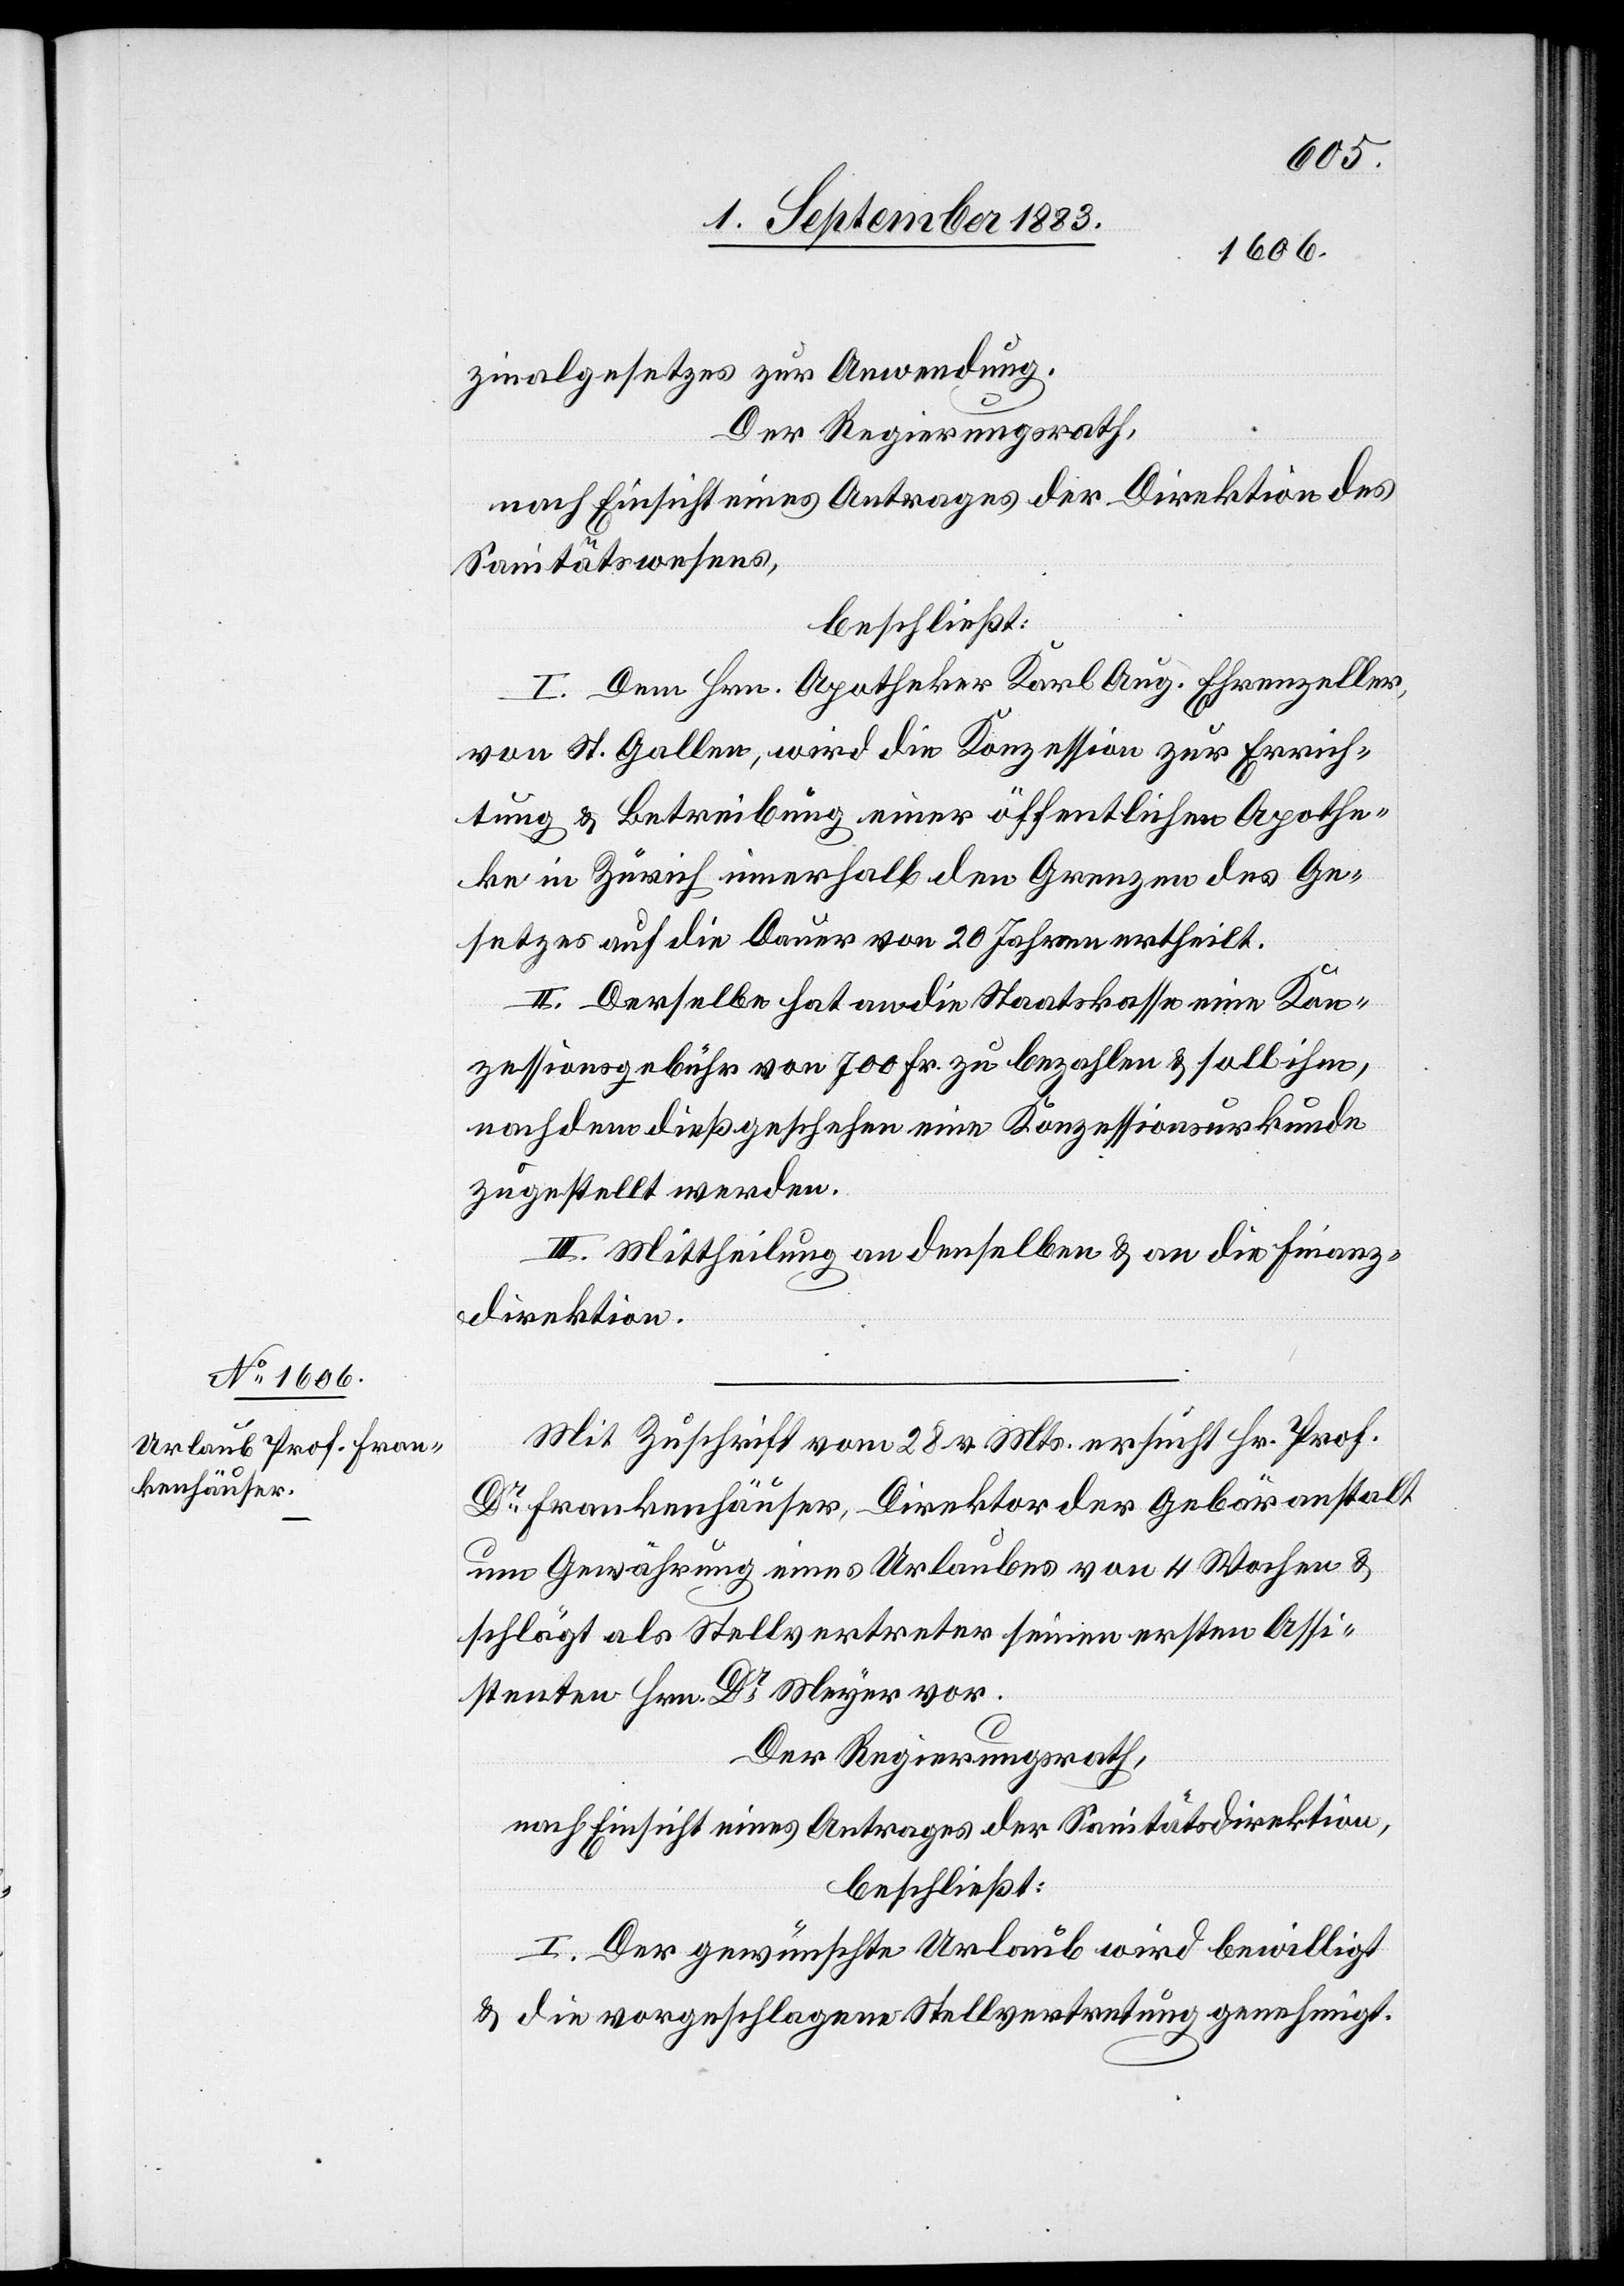
zinalgesetzes zur Anwendung.
Der Regierungsrath,
nach Einsicht eines Antrages der Direktion des
Sanitätswesens,
beschließt:
I. Dem Hrn. Apotheker Karl Aug. Ehrenzeller,
von St. Gallen, wird die Konzession zur Errich¬
tung & Betreibung einer öffentlichen Apothe¬
ke in Zürich innerhalb den Grenzen des Ge¬
setzes auf die Dauer von 20 Jahren ertheilt.
II. Derselbe hat an die Staatskasse eine Kon¬
zessionsgebühr von 700 Fr. zu bezahlen & soll ihm,
nachdem dieß geschehen eine Konzessionsurkunde
zugestellt werden.
III. Mittheilung an denselben & an die Finanz¬
direktion.
Mit Zuschrift vom 28. v. Mts. ersucht Hr. Prof.
Dr Frankenhäuser, Direktor der Gebäranstalt
um Gewährung eines Urlaubes von 4 Wochen &
schlägt als Stellvertreter seinen ersten Assi¬
stenten Hrn. Dr Meyer vor.
Der Regierungsrath,
nach Einsicht eines Antrages der Sanitätsdirektion,
beschließt:
I. Der gewünschte Urlaub wird bewilligt
& die vorgeschlagene Stellvertretung genehmigt.